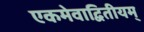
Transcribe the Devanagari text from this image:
एकमेवाद्वितीयम्‌